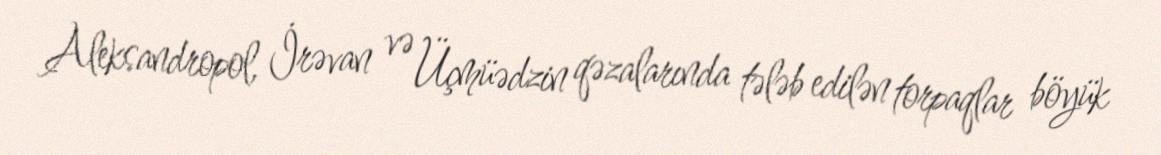
Aleksandropol, İrəvan və Üçmüədzin qəzalarında tələb edilən torpaqlar böyük